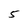
Character: 5